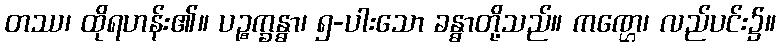
တဿ၊ ထိုရဟန်း၏။ ပဉ္စက္ခန္ဓာ၊ ၅-ပါးသော ခန္ဓာတို့သည်။ ကဏ္ဌေ၊ လည်ပင်း၌။